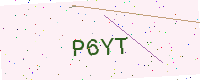
Text: P6YT